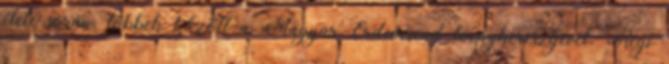
élete során, többek között a Magyar Érdemrend lovagkeresztjével. Régi